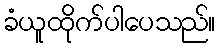
ခံယူထိုက်ပါပေသည်။